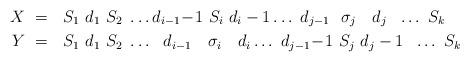
LaTeX: \begin{align*} X \ & = \ \ S_1 \ d_1 \ S_2 \ \ldots d_{i-1}\!-\! 1 \ S_i \ d_{i}-1 \ldots \ d_{j-1} \ \ \sigma_j \ \ \ d_j \ \ \ldots \ S_k \\ Y \ & = \ \ S_1 \ d_1 \ S_2 \ \ldots \ \ d_{i-1} \ \ \ \sigma_i \ \ \ d_i \ldots \ d_{j-1}\!-\! 1 \ S_j \ d_{j}-1 \ \ \ldots\ S_k \end{align*}